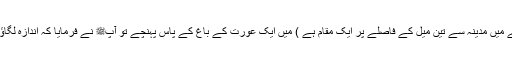
وادی القریٰ (شام کے راستے میں مدینہ سے تین میل کے فاصلے پر ایک مقام ہے ) میں ایک عورت کے باغ کے پاس پہنچے تو آپﷺ نے فرمایا کہ اندازہ لگاؤ اس باغ میں کتنا میوہ ہے ؟